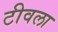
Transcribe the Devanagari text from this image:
टीवला